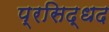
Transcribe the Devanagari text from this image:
प्रसिद्धद